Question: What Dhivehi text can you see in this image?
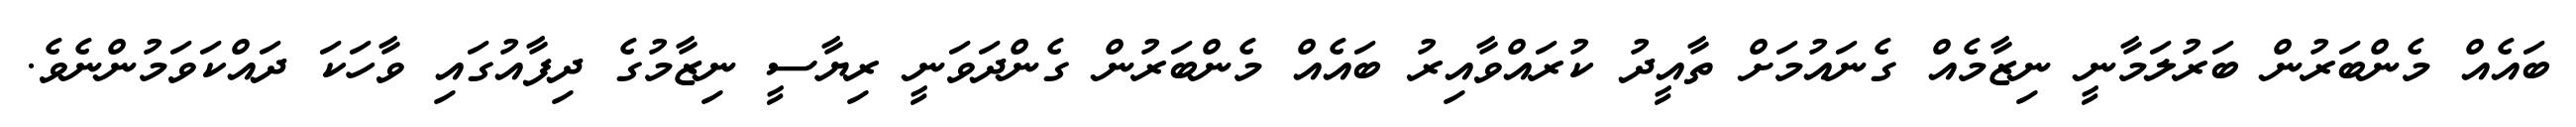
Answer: ބައެއް މެންބަރުން ބަރުލަމާނީ ނިޒާމެއް ގެނައުމަށް ތާއީދު ކުރައްވާއިރު ބައެއް މެންބަރުން ގެންދަވަނީ ރިޔާސީ ނިޒާމުގެ ދިފާއުގައި ވާހަކަ ދައްކަވަމުންނެވެ.